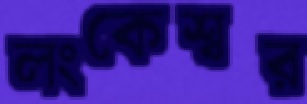
লংকেশ্বর